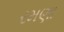
રમણા